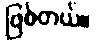
ဖြစ်တယ်။